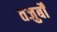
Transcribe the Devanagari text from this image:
तजुर्बों